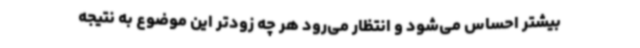
بیشتر احساس می‌شود و انتظار می‌رود هر چه زودتر این موضوع به نتیجه